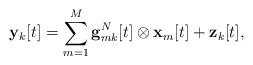
LaTeX: \begin{align*} \mathbf{y}_k[t]=\sum_{m=1}^M \mathbf{g}_{mk}^N[t]\otimes \mathbf{x}_m[t] +\mathbf{z}_k[t],\end{align*}